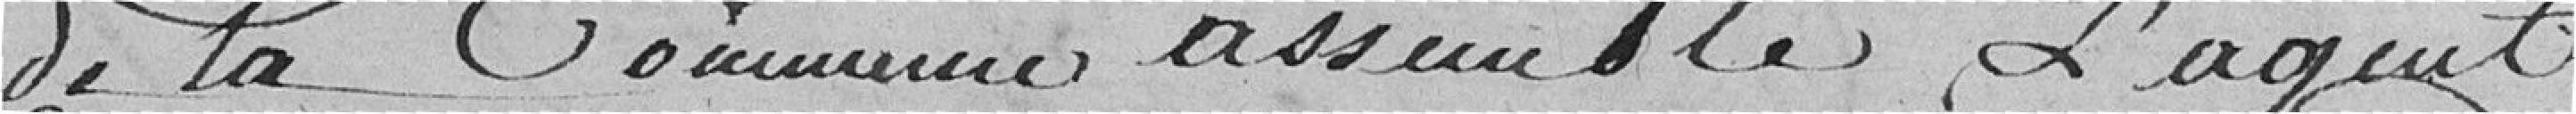
de la commune assemblée, l'agent